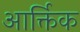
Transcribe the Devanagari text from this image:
आर्क्तिक